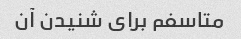
متاسفم برای شنیدن آن